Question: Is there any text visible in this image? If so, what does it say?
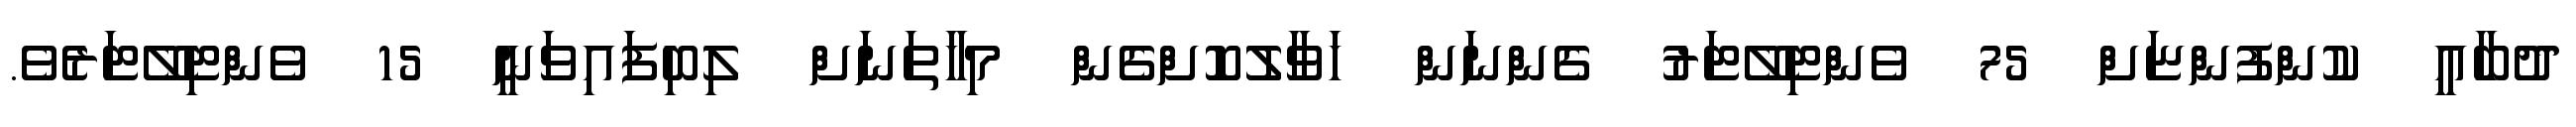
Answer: ދުބާއީ ކުންފުންޏަށް 75 ވެންޓިލޭޓަރު ގެންނަން ހަވާލުކޮށްގެން މިހާތަނަށް ލިބިފައިވަނީ 15 ވެންޓިލޭޓަރެވެ.